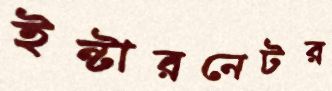
ইন্টারনেটর